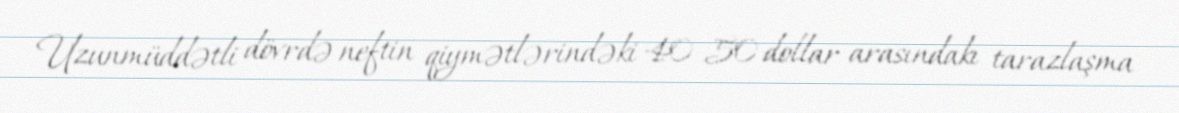
Uzunmüddətli dövrdə neftin qiymətlərindəki 40-50 dollar arasındakı tarazlaşma